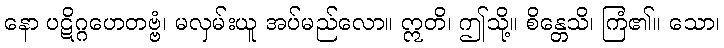
နော ပဋိဂ္ဂဟေတဗ္ဗံ၊ မလှမ်းယူ အပ်မည်လော။ ဣတိ၊ ဤသို့။ စိန္တေသိ၊ ကြံ၏။ သော၊